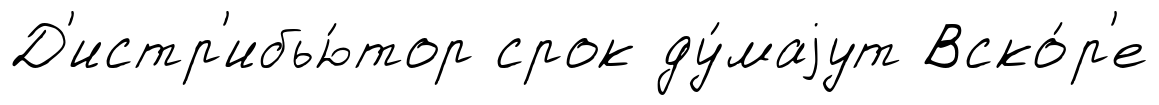
Д'истр'ибью́тор срок ду́маjут Вско́р'е